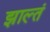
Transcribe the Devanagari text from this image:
झाल्तं